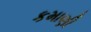
કમાણી